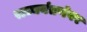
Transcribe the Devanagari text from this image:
राज्ययंत्रणेवर